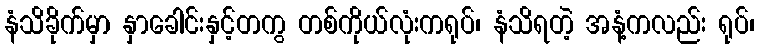
နံသိခိုက်မှာ နှာခေါင်းနှင့်တကွ တစ်ကိုယ်လုံးကရုပ်၊ နံသိရတဲ့ အနံ့ကလည်း ရုပ်၊